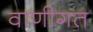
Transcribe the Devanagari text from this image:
वाणीगत